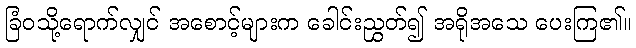
ခြံဝသို့ရောက်လျှင် အစောင့်များက ခေါင်းညွှတ်၍ အရိုအသေ ပေးကြ၏။